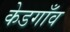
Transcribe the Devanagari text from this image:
केडगाँव